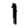
Digit: 1